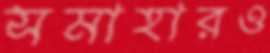
সমাহারও